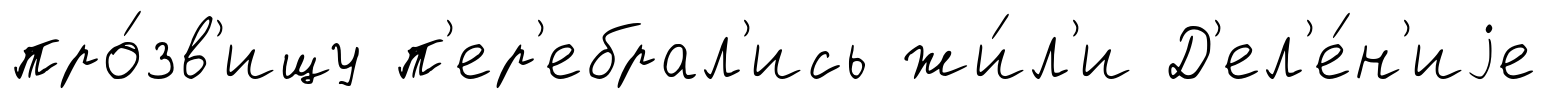
про́зв'ищу п'ер'ебрал'ись жи́л'и Д'ел'е́н'иjе